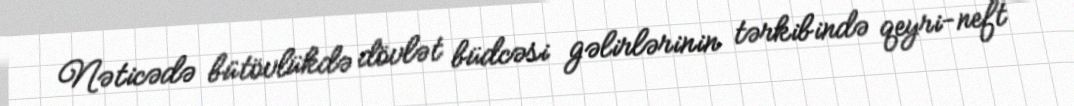
Nəticədə bütövlükdə dövlət büdcəsi gəlirlərinin tərkibində qeyri-neft